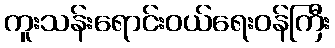
ကူးသန်းရောင်းဝယ်ရေးဝန်ကြီး